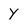
Character: y